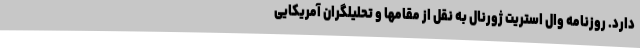
دارد. روزنامه وال استریت ژورنال به نقل از مقامها و تحلیلگران آمریکایی